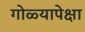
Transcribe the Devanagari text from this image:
गोळ्यापेक्षा